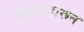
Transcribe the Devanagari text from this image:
खडकावरून